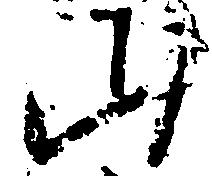
山